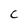
Character: c